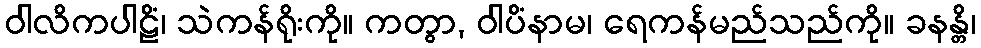
ဝါလိကပါဠိံ၊ သဲကန်ရိုးကို။ ကတွာ, ဝါပိံနာမ၊ ရေကန်မည်သည်ကို။ ခနန္တိ၊